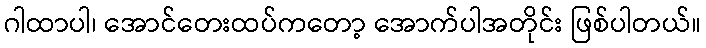
ဂါထာပါ၊ အောင်တေးထပ်ကတော့ အောက်ပါအတိုင်း ဖြစ်ပါတယ်။